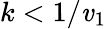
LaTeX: k<1/\mathit{v}_{1}